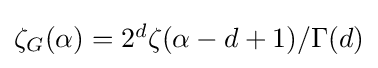
\textstyle \zeta _{G}(\alpha )=2^{d}\zeta (\alpha -d+1)/\Gamma (d)